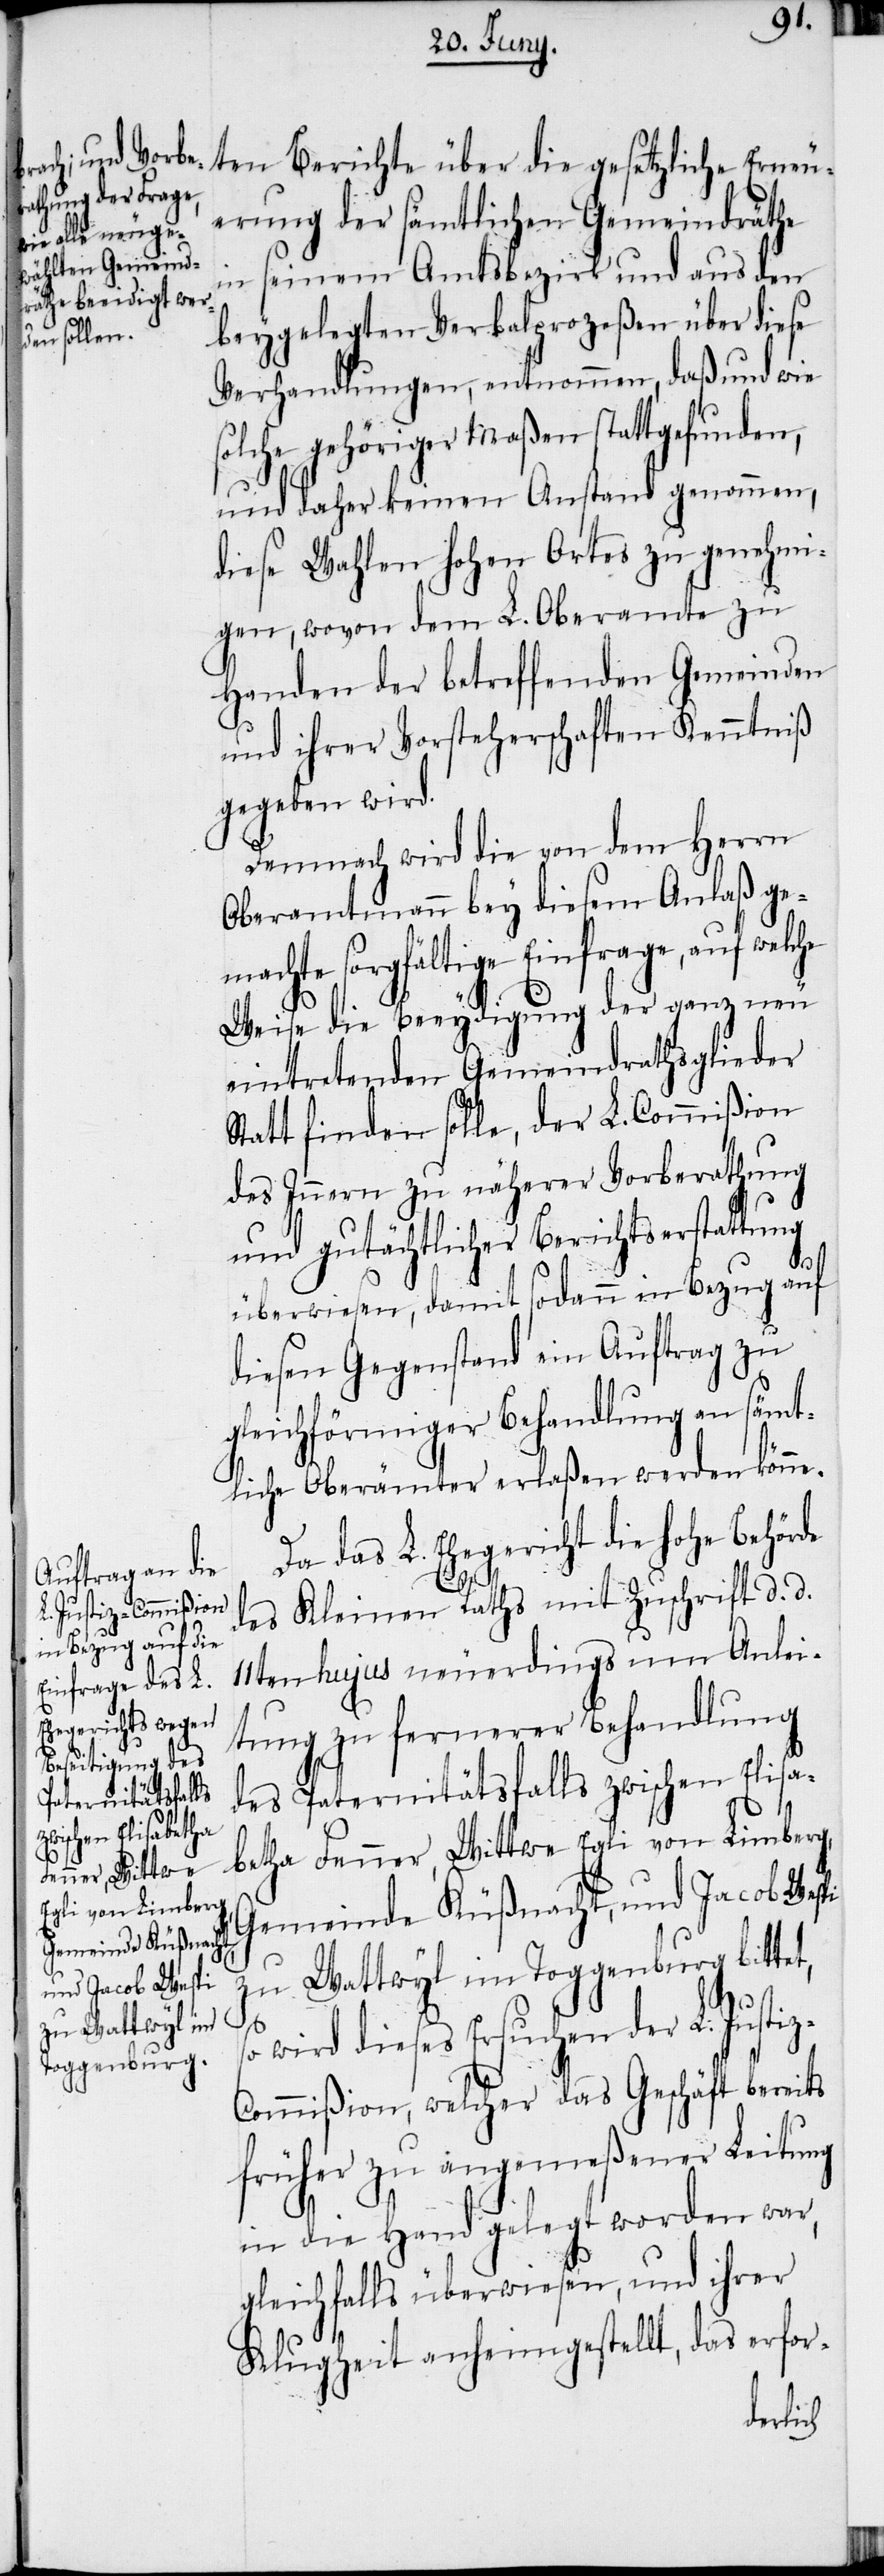
ten Berichte über die gesetzliche Erneu¬
erung der sämtlichen Gemeindräthe
in seinem Amtsbezirk und aus den
beygelegten Verbalprozeßen über diese
Verhandlungen, entnommen, daß und wie
solche gehöriger Maßen stattgefunden,
und daher keinen Anstand genommen,
diese Wahlen hohen Ortes zu genehmi¬
gen, wovon dem L. Oberamte zu
Handen der betreffenden Gemeinden
und ihrer Vorsteherschaften Kenntniß
gegeben wird.
Demnach wird die von dem Herrn
Oberamtmann bey diesem Anlaß ge¬
chte sorgfältige Einfrage, auf
Weise die Beeydigung der ganz neu
eintretenden Gemeindrathsglieder
Statt finden solle, der L. Commißion
des Innern zu näherer Vorberathung
und gutächtlicher Berichtserstattung
iz-C¬
überwiesen, damit sodann in Bezug auf
diesen Gegenstand ein Auftrag zu
gleichförmiger Behandlung an sämt¬
liche Oberämter erlaßen werden könne.
Da das L. Ehegericht die hohe Behörde
des Kleinen Raths mit Zuschrift d. d.
11ten hujus neuerdings um Anlei¬
tung zu fernerer Behandlung
des Paternitätsfalls zwischen Elisa¬
betha Fenner, Wittwe Egli von Limberg,
Gemeinde Küßnacht, und Jacob Wespi
zu Wattwyl im Toggenburg bittet,
so
wird dieses Ersuchen der L. Just¬
ommißion, welcher das Geschäft bereits
früher zu angemeßener Leitung
in die Hand gelegt worden war,
gleichfalls überwiesen, und ihrer
Klugheit anheimgestellt, das erfor-